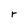
Character: r